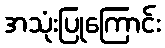
အသုံးပြုကြောင်း